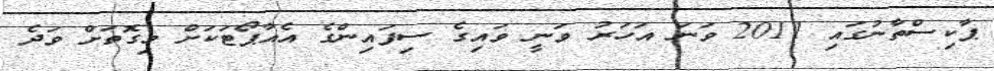
ޕާކިސްތާނުގައި 2011 ވަނަ އަހަރު ވަނީ ވައިގެ ސިފައިންގެ އެއާޕޯޓަކަށް މިގޮތަށް ވަދެ